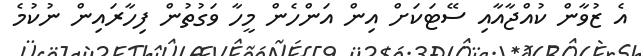
އެ ޒުވާން ކުއްޖާއާއި ސޭޓަކަށް އިން އަންހެން މީހާ ވަގުތުން ފިހާރައިން ނުކުމެ